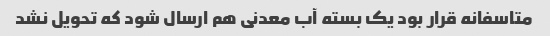
متاسفانه قرار بود یک بسته آب معدنی هم ارسال شود که تحویل نشد